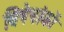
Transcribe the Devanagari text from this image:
विषेषांकों